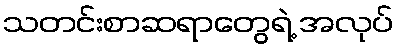
သတင်းစာဆရာတွေရဲ့ အလုပ်